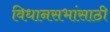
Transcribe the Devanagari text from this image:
विधानसभांसाठी